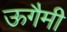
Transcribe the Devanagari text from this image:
ऊगैमी